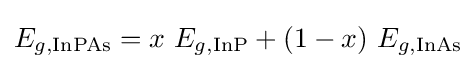
E_{g,\mathrm {InPAs} }=x\ E_{g,\mathrm {InP} }+(1-x)\ E_{g,\mathrm {InAs} }